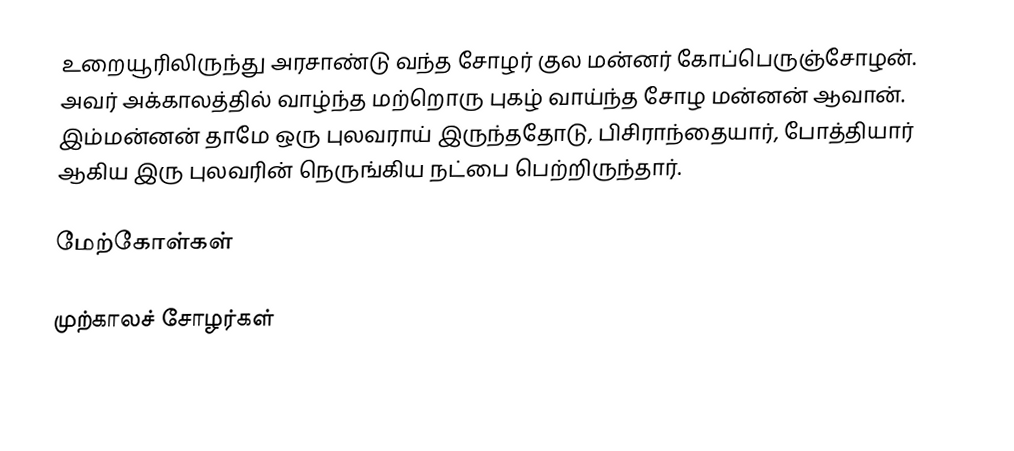
உறையூரிலிருந்து அரசாண்டு வந்த சோழர் குல மன்னர் கோப்பெருஞ்சோழன். அவர் அக்காலத்தில் வாழ்ந்த மற்றொரு புகழ் வாய்ந்த சோழ மன்னன் ஆவான். இம்மன்னன் தாமே ஒரு புலவராய் இருந்ததோடு, பிசிராந்தையார், போத்தியார் ஆகிய இரு புலவரின் நெருங்கிய நட்பை பெற்றிருந்தார்.

மேற்கோள்கள்

முற்காலச் சோழர்கள்